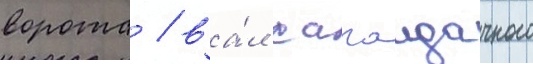
ворота / ва́л сагаидачного